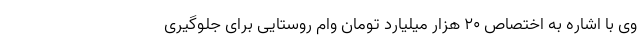
وی با اشاره به اختصاص ۲۰ هزار میلیارد تومان وام روستایی برای جلوگیری